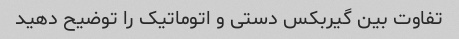
تفاوت بین گیربکس دستی و اتوماتیک را توضیح دهید